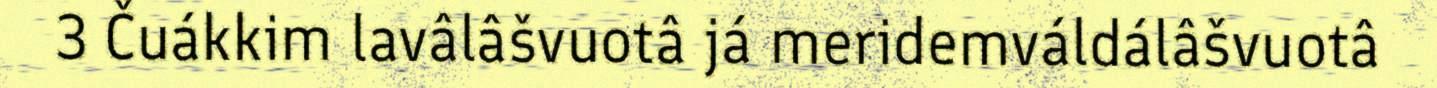
3 Čuákkim lavâlâšvuotâ já meridemváldálâšvuotâ